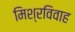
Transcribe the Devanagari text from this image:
मिश्रविवाह